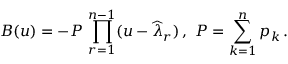
B ( u ) = - P \, \prod _ { r = 1 } ^ { n - 1 } ( u - \widehat { \lambda } _ { r } ) \, , \, \, P = \sum _ { k = 1 } ^ { n } p _ { k } \, .